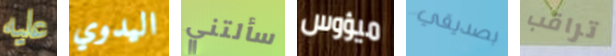
عليه اليدوي سألتني ميؤوس بصديقي تراقب